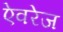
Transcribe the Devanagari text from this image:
ऐवरेज